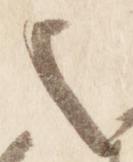
也